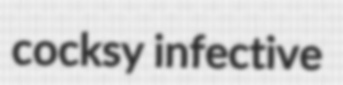
cocksy infective